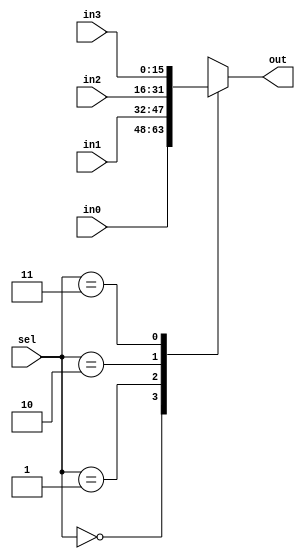
/*************************************************************
Design Name 	: 
File Name   	: .v
Function    	: 
Coder		    	: 
Last Modified	: 
*************************************************************/

module mux4_to_1(in0,in1,in2,in3,sel,out);
	input [15:0] in0,in1,in2,in3;
	input [1:0] sel;
	output [15:0] out;

	reg [15:0] out;

	always @(sel or in0 or in1 or in2 or in3)
	begin
		case(sel)
			2'b00: out=in0;
			2'b01: out=in1;
			2'b10: out=in2;
			2'b11: out=in3;
		endcase
	end

endmodule